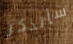
سأتذكر